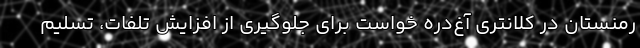
رمنستان در کلانتری آغ‌دره خواست برای جلوگیری از افزایش تلفات، تسلیم